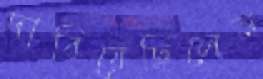
দাবিয়েছিলেন